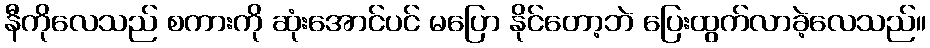
နီကိုလေသည် စကားကို ဆုံးအောင်ပင် မပြော နိုင်တော့ဘဲ ပြေးထွက်လာခဲ့လေသည်။